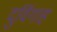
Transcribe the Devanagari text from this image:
दुर्विगाह